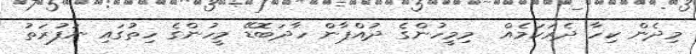
މިދެން ކިހާ ދެރަކަމެއް  މިމީހުންގެ ދުއްޕާން ހާދަބޮޑޭ މީހުންގެ ހިތުގައި ނަފުރަތު